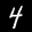
Label: 4